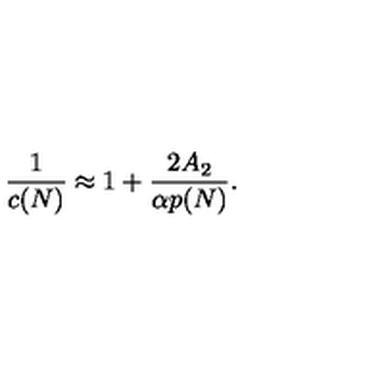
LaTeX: { \frac { 1 } { c ( N ) } } \approx 1 + { \frac { 2 A _ { 2 } } { \alpha p ( N ) } } .